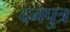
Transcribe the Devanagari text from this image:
दनपुत्र